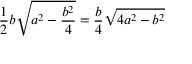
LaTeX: { \frac { 1 } { 2 } } b { \sqrt { a ^ { 2 } - { \frac { b ^ { 2 } } { 4 } } } } = { \frac { b } { 4 } } { \sqrt { 4 a ^ { 2 } - b ^ { 2 } } }